Source: Handwritten
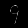
Digit: ၄ (4)